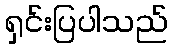
ရှင်းပြပါသည်